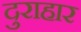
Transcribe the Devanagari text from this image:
दुराहार